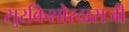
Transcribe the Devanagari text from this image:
सुरकिशोरदासजी